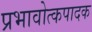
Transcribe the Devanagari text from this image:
प्रभावोत्कपादक